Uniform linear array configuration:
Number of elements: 48
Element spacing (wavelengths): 0.75
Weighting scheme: exponential
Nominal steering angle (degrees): -45
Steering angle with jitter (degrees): -44.993
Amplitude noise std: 0.05
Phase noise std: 0.05

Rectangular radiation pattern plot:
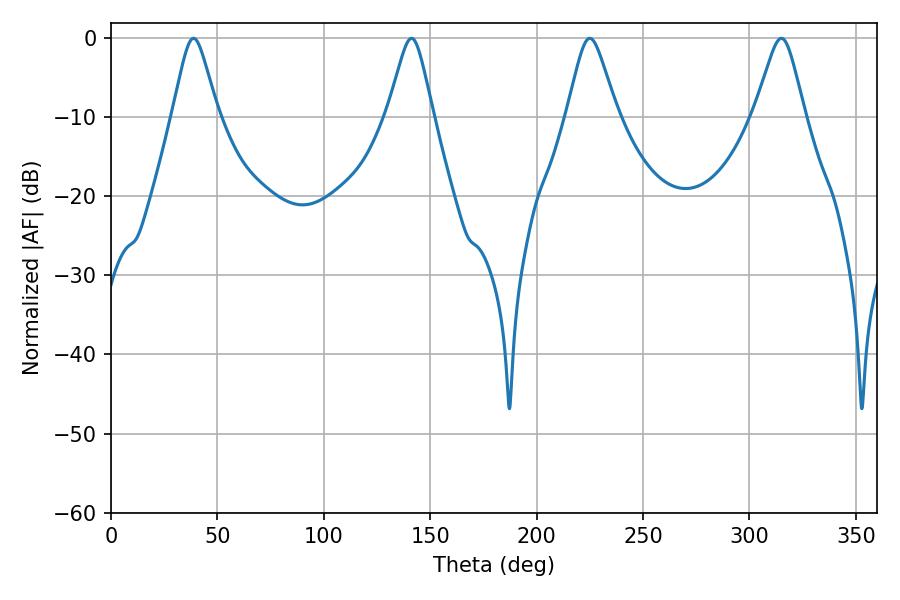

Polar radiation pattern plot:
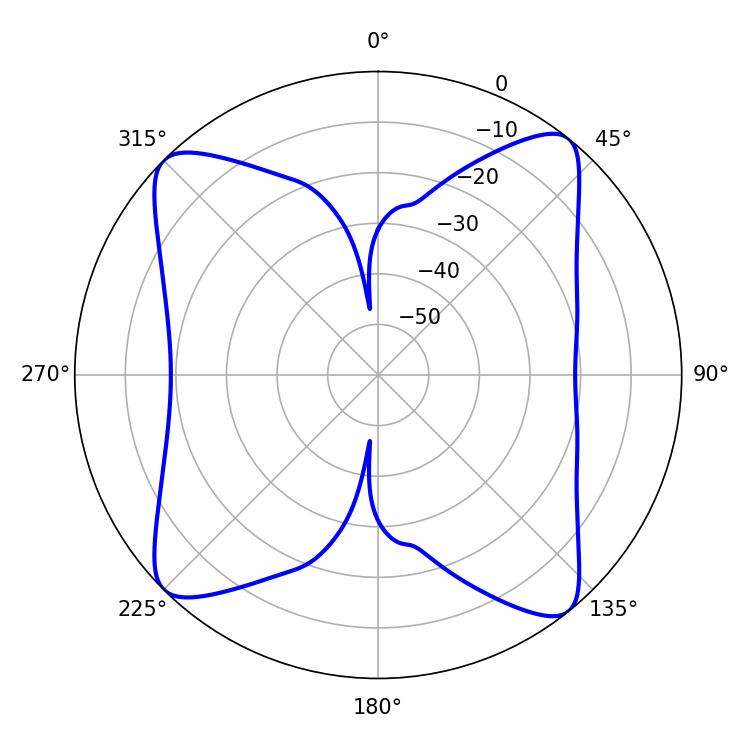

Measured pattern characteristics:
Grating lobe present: TRUE
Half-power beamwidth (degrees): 11.34
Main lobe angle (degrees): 225